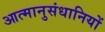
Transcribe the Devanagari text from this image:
आत्मानुसंधानियों